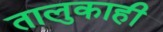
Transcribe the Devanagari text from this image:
तालुकाही